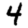
Digit: 4